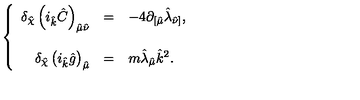
\left\{ \begin{array} { r c l } { \delta _ { \hat { \chi } } \left( i _ { \hat { k } } \hat { C } \right) _ { \hat { \mu } \hat { \nu } } } & { = } & { - 4 \partial _ { [ \hat { \mu } } \hat { \lambda } _ { \hat { \nu } ] } , } \\ { } & { } & { } \\ { \delta _ { \hat { \chi } } \left( i _ { \hat { k } } \hat { g } \right) _ { \hat { \mu } } } & { = } & { m \hat { \lambda } _ { \hat { \mu } } \hat { k } ^ { 2 } . } \\ \end{array} \right.